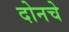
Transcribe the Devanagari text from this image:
दोनचे